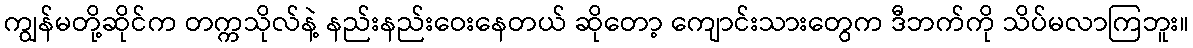
ကျွန်မတို့ဆိုင်က တက္ကသိုလ်နဲ့ နည်းနည်းဝေးနေတယ် ဆိုတော့ ကျောင်းသားတွေက ဒီဘက်ကို သိပ်မလာကြဘူး။